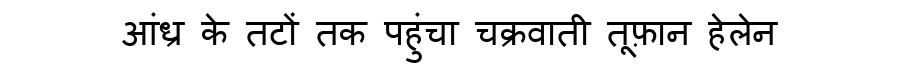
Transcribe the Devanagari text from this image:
आंध्र के तटों तक पहुंचा चक्रवाती तूफ़ान हेलेन